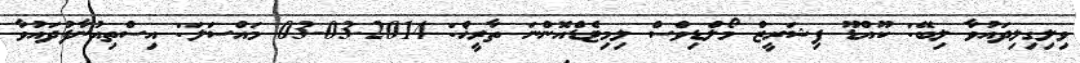
ވިލިގިލިދައުވާ ލިބޭ: ކޫއްޑޫ ފިޝަރީޒް މޯލްޑިވްސް ލިމިޓެޑްއޮންނަ ތާރީޚް: 2014-03-03 މައްސަލަ: އިސްތިއުނާފުދައުވާ